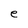
Character: e